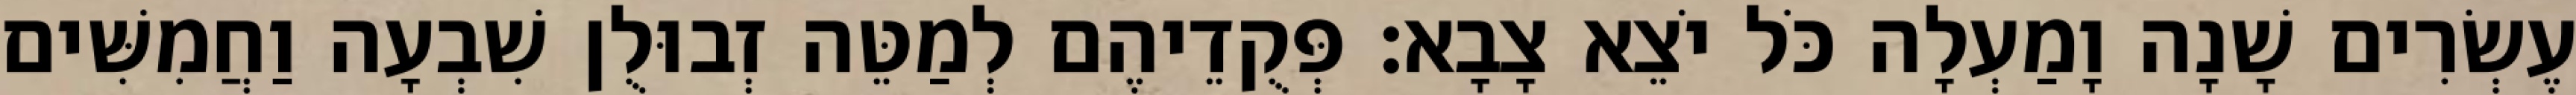
עֶשְׂרִים שָׁנָה וָמַעְלָה כֹּל יֹצֵא צָבָא׃ פְּקֻדֵיהֶם לְמַטֵּה זְבוּלֻן שִׁבְעָה וַחֲמִשִּׁים